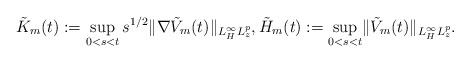
LaTeX: \begin{align*}\tilde{K}_m(t):=\sup_{0<s<t}s^{1/2}\lVert \nabla \tilde{V}_m(t)\rVert_{L^\infty_H L^p_z},\tilde{H}_m(t):=\sup_{0<s<t}\lVert \tilde{V}_m(t)\rVert_{L^\infty_H L^p_z}. \end{align*}